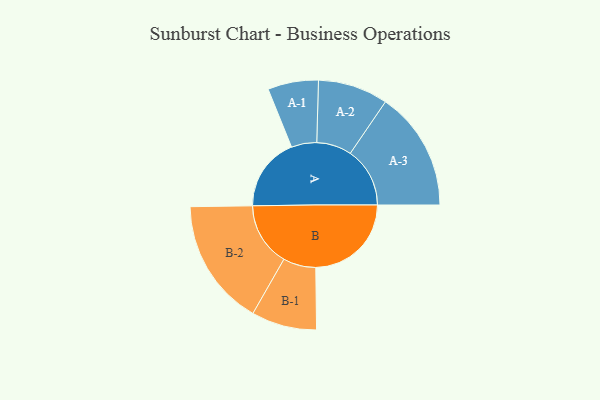
{"axis": {"x": "Segment", "y": "Value"}, "legend": ["", "A", "B"], "data": [{"x": "A", "y": 311, "type": ""}, {"x": "B", "y": 404, "type": ""}, {"x": "A-1", "y": 107, "type": "A"}, {"x": "A-2", "y": 148, "type": "A"}, {"x": "A-3", "y": 252, "type": "A"}, {"x": "B-1", "y": 138, "type": "B"}, {"x": "B-2", "y": 269, "type": "B"}]}